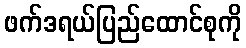
ဖက်ဒရယ်ပြည်ထောင်စုကို